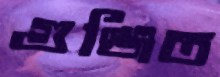
গুঞ্জিত